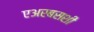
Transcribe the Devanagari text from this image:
एअरबसशी